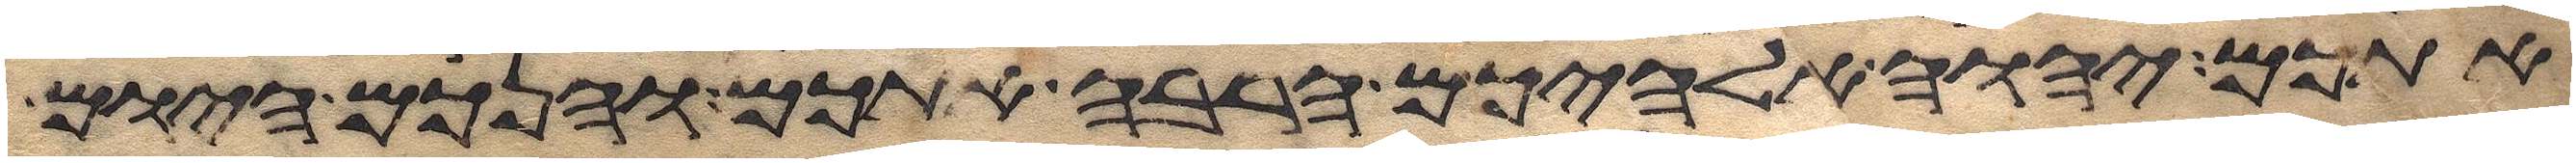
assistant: אתכם יהוה אלהיכם הרבה אתכם והנכם היום